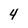
Character: 4